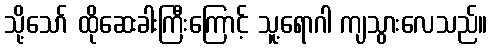
သို့သော် ထိုဆေးခါးကြီးကြောင့် သူ့ရောဂါ ကျသွားလေသည်။